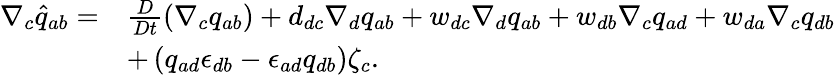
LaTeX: \begin{array}{rl}{\nabla_{c}\widehat{q}_{ab}=}&{\frac{D}{Dt}\left(\nabla_{c}q_{ab}\right)+d_{dc}\nabla_{d}q_{ab}+w_{dc}\nabla_{d}q_{ab}+w_{db}\nabla_{c}q_{ad}+w_{da}\nabla_{c}q_{db}}\\ &{+\left(q_{ad}\epsilon_{db}-\epsilon_{ad}q_{db}\right)\zeta_{c}.}\end{array}